Language: tamil
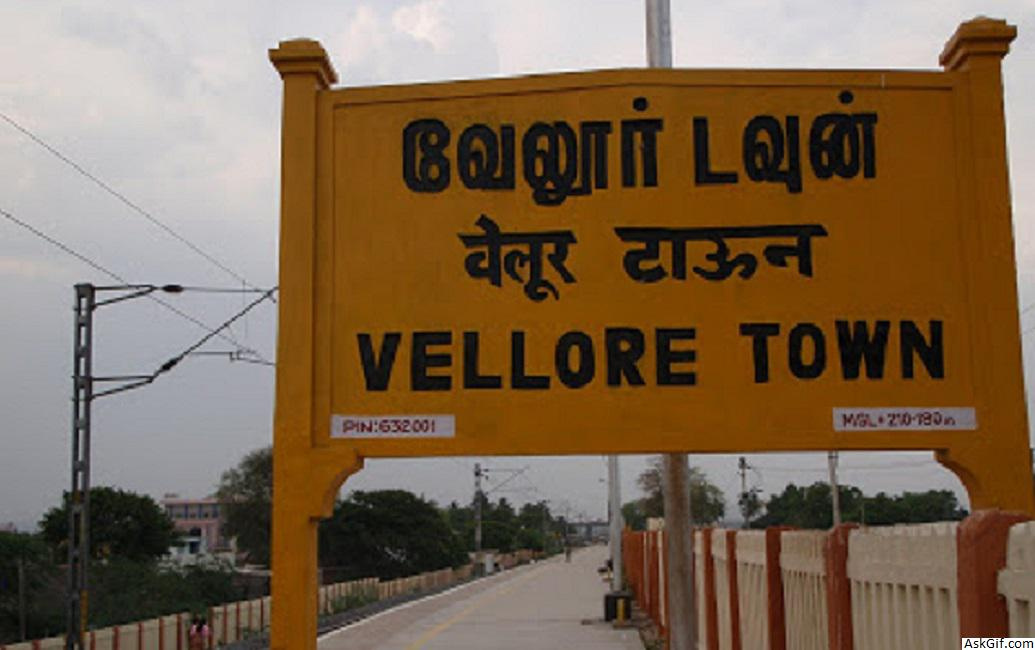
Transcription: வேலூா் டவுன்